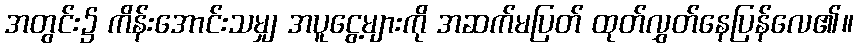
အတွင်း၌ ကိန်းအောင်းသမျှ အပူငွေ့များကို အဆက်မပြတ် ထုတ်လွှတ်နေပြန်လေ၏။